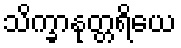
သိက္ခာနုတ္တရိယေ